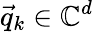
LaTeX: \vec{q}_{k}\in\mathbb{C}^{d}